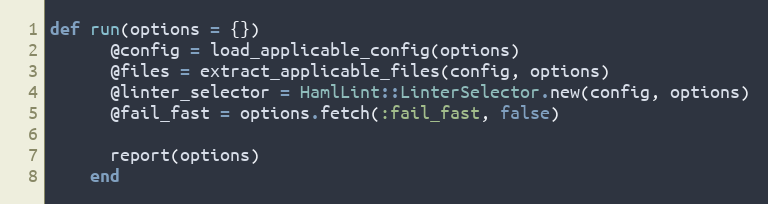
Language: Ruby
def run(options = {})
      @config = load_applicable_config(options)
      @files = extract_applicable_files(config, options)
      @linter_selector = HamlLint::LinterSelector.new(config, options)
      @fail_fast = options.fetch(:fail_fast, false)

      report(options)
    end